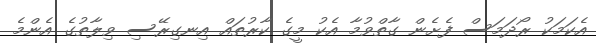
އެކަމަކު ރޯދަމަސް ފެށެން ގާތްވުމާ އެކު މީގެ ކާރުތައް އިނގިރޭސި ވިލާތުގެ އެންމެ